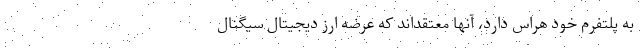
به پلتفرم خود هراس دارد، آنها معتقد‌اند که عرضه ارز دیجیتال سیگنال